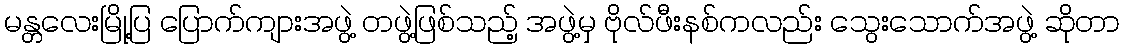
မန္တလေးမြို့ပြ ပြောက်ကျားအဖွဲ့ တဖွဲ့ဖြစ်သည့် အဖွဲ့မှ ဗိုလ်ဖီးနစ်ကလည်း သွေးသောက်အဖွဲ့ ဆိုတာ